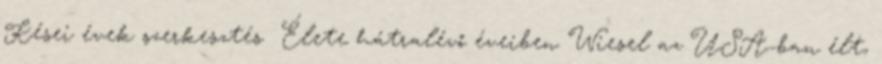
Kései évek szerkesztés Élete hátralévő éveiben Wiesel az USA-ban élt,